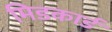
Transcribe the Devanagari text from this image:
मिडकार्ड